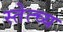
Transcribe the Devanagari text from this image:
स्तेत्च्य